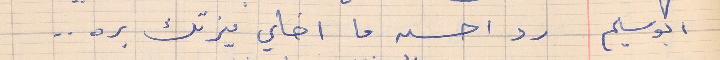
ابو سليم    رد احسن ما اخلي يزتك بره . .